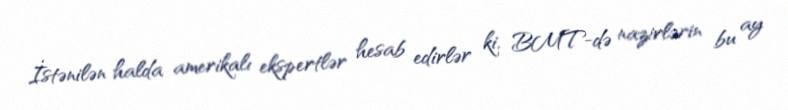
İstənilən halda amerikalı ekspertlər hesab edirlər ki, BMT-də nazirlərin bu ay